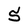
Character: 5